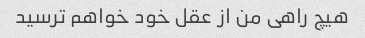
هیچ راهی من از عقل خود خواهم ترسید